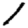
Digit: 1